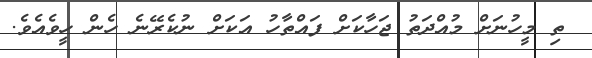
ތި މީހުނަށް މުއްދަތު ޖަހާކަށް ފައްތާހު އަކަށް ނުކެރޭނެ ހެން ހީވެއެވެ.